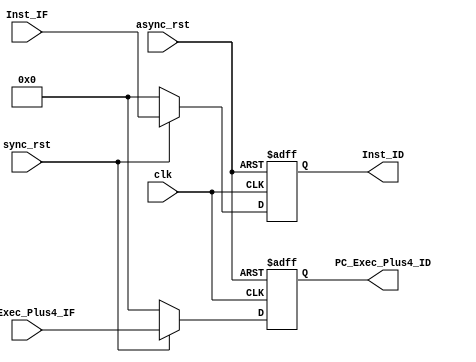
//////////////////////////////////////////////////////////////////////////////////
// Description: 
//
//	
// Revision: 		1.0
// Additional Comments: 
//
//////////////////////////////////////////////////////////////////////////////////

module pipe_IF_ID (
	input  clk,
	input  async_rst,
	input  sync_rst,
	input  [31:0] Inst_IF,
	input  [31:0] PC_Exec_Plus4_IF,
	output [31:0] Inst_ID,
	output [31:0] PC_Exec_Plus4_ID);
	
	reg [31:0] rInst_ID;
	reg [31:0] rPC_Exec_Plus4_ID;
	
	always @(negedge clk or negedge async_rst) begin
		if (~async_rst) begin
			rInst_ID <= 0;
			rPC_Exec_Plus4_ID <= 0;
		end else begin
			if (~sync_rst) begin
				rInst_ID <= 0;
				rPC_Exec_Plus4_ID <= 0;
			end else begin
				rInst_ID <= Inst_IF;
				rPC_Exec_Plus4_ID <= PC_Exec_Plus4_IF;
			end
		end
	end
	
	assign Inst_ID = rInst_ID;
	assign PC_Exec_Plus4_ID = rPC_Exec_Plus4_ID;
endmodule


module pipe_ID_EX(
	input  clk,
	input  async_rst,
	input  sync_rst,
	input  [16:0] FullCtrl_ID,
	input  [31:0] ValReg1_ID,
	input  [31:0] ValReg2_ID,
	input  [31:0] Inst_ID,
	input  [31:0] PC_Exec_Plus4_ID,
	input  [31:0] DataExt_ID,
	
	output [16:0] FullCtrl_EX,
	output [31:0] ValReg1_EX,
	output [31:0] ValReg2_EX,	
	output [31:0] Inst_EX,
	output [31:0] PC_Exec_Plus4_EX,
	output [31:0] DataExt_EX);
	
	reg [31:0] rPC_Exec_Plus4_EX, rDataExt_EX;
	reg [31:0] rValReg1_EX, rValReg2_EX, rInst_EX;
	reg [16:0] rFullCtrl_EX;
	
	always @(negedge clk or negedge async_rst) begin
		if (~async_rst) begin
			rDataExt_EX <= 0;
			rFullCtrl_EX <= 0;
			rValReg1_EX <= 0;
			rValReg2_EX <= 0;
			rInst_EX <= 0;
			rPC_Exec_Plus4_EX <= 0;
		end else begin
			if (~sync_rst) begin
				rDataExt_EX <= 0;
				rFullCtrl_EX <= 0;
				rValReg1_EX <= 0;
				rValReg2_EX <= 0;
				rInst_EX <= 0;
				rPC_Exec_Plus4_EX <= 0;
			end else begin
				rDataExt_EX 	<=  DataExt_ID;
				rFullCtrl_EX 	<=	FullCtrl_ID;
			    rValReg1_EX 	<=  ValReg1_ID;
			    rValReg2_EX 	<=  ValReg2_ID;
				rInst_EX 		<= 	Inst_ID;
				rPC_Exec_Plus4_EX <=PC_Exec_Plus4_ID ;
			end
		end
	end
	
	assign FullCtrl_EX = rFullCtrl_EX;
	assign ValReg1_EX = rValReg1_EX;
	assign ValReg2_EX = rValReg2_EX;
	assign Inst_EX = rInst_EX;
	assign PC_Exec_Plus4_EX = rPC_Exec_Plus4_EX;
	assign DataExt_EX = rDataExt_EX;
	
endmodule

module pipe_EX_MEM (
	input  clk,
	input  async_rst,
	input  sync_rst,
	input  [2:0]  Control_EX,
	input  [31:0] ALURes_EX,
	input  [31:0] WriteData_EX,
	input  [4:0]  DestReg_EX,
	input  [5:0]  opcode_EX,
	output [2:0]  Control_MEM,
	output [31:0] ALURes_MEM,
	output [31:0] WriteData_MEM,
	output [4:0]  DestReg_MEM,
	output [5:0]  opcode_MEM
	);
	
	reg [31:0] rALURes_MEM, rWriteData_MEM;
	reg [2:0] rControl_MEM;
	reg [4:0] rDestReg_MEM;
	reg [5:0] ropcode_MEM;
	always @(negedge clk or negedge async_rst) begin
		if (~async_rst) begin
			rControl_MEM <= 0;
			rDestReg_MEM <= 0;
			rALURes_MEM <= 0;
			rWriteData_MEM <= 0;
			ropcode_MEM <= 0;
		end else begin
			if (~sync_rst) begin
				rControl_MEM <= 0;
				rDestReg_MEM <= 0;
				rALURes_MEM <= 0;
				rWriteData_MEM <= 0;
				ropcode_MEM <= 0;
			end else begin
				rControl_MEM <= Control_EX;
				rDestReg_MEM <= DestReg_EX;
				rALURes_MEM <= ALURes_EX;
				rWriteData_MEM <= WriteData_EX;
				ropcode_MEM <= opcode_EX;
			end
		end
	end
	
	assign Control_MEM = rControl_MEM;
	assign DestReg_MEM = rDestReg_MEM;
	assign ALURes_MEM =  rALURes_MEM;
	assign WriteData_MEM = rWriteData_MEM;
	assign opcode_MEM = ropcode_MEM;
endmodule


module pipe_MEM_WB (
	input  clk,
	input  async_rst,
	input  sync_rst,
	input  [1:0]  Control_MEM,
	input  [31:0] MemData_MEM,
	input  [31:0] ALUData_MEM,
	input  [4:0]  WrAddReg_MEM,
	output [1:0]  Control_WB,
	output [31:0] MemData_WB,
	output [31:0] ALUData_WB,
	output [4:0]  WrAddReg_WB
	);
	
	reg [31:0] rMemData_WB, rALUData_WB;
	reg [1:0] rControl_WB;
	reg [4:0] rWrAddReg_WB;
	always @(negedge clk or negedge async_rst) begin
		if (~async_rst) begin
			rControl_WB <= 0;
			rMemData_WB <= 0;
			rALUData_WB <= 0;
			rWrAddReg_WB <= 0; 
		end else begin
			if (~sync_rst) begin
				rControl_WB <= 0;
				rMemData_WB <= 0;
				rALUData_WB <= 0;
				rWrAddReg_WB <= 0; 
			end else begin
				rControl_WB <= Control_MEM;
				rMemData_WB <= MemData_MEM;
				rALUData_WB <= ALUData_MEM;
				rWrAddReg_WB <= WrAddReg_MEM; 
			end
		end
	end
	
	assign Control_WB = rControl_WB;
	assign MemData_WB = rMemData_WB;
	assign ALUData_WB = rALUData_WB;
	assign WrAddReg_WB = rWrAddReg_WB; 
	
endmodule